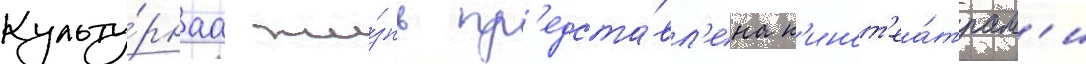
Культу́рнаа жи́знь пр'едста́вл'ена к'инот'еа́трам'и